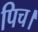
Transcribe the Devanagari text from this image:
पिच।